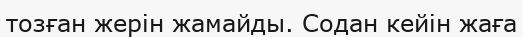
тозған жерін жамайды. Содан кейін жаға